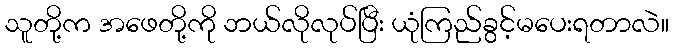
သူတို့က အဖေတို့ကို ဘယ်လိုလုပ်ပြီး ယုံကြည်ခွင့်မပေးရတာလဲ။